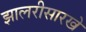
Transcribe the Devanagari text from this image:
झालरीसारखे